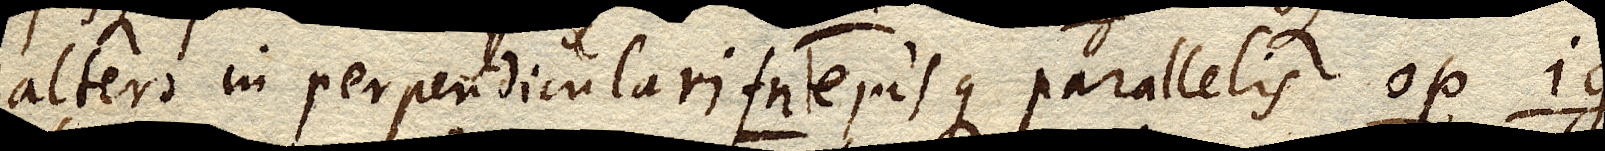
altero in perpendiculari fn. ejusque parallelis op ig